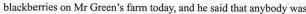
blackberries on Mr Green's fam today, and he said that anybody was